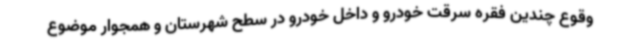
وقوع چندین فقره سرقت خودرو و داخل خودرو در سطح شهرستان و همجوار موضوع